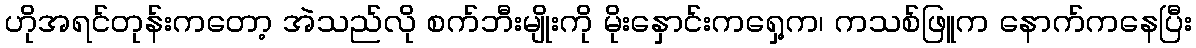
ဟိုအရင်တုန်းကတော့ အဲသည်လို စက်ဘီးမျိုးကို မိုးနှောင်းကရှေ့က၊ ကသစ်ဖြူက နောက်ကနေပြီး